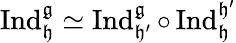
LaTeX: \operatorname{Ind}_{\mathfrak{h}}^{\mathfrak{g}}\simeq\operatorname{Ind}_{\mathfrak{h^{\prime}}}^{\mathfrak{g}}\circ\operatorname{Ind}_{\mathfrak{h}}^{\mathfrak{h^{\prime}}}